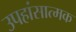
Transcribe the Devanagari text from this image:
उपहांसात्मक